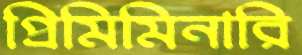
প্রিমিমিনারি